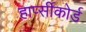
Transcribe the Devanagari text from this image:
हार्प्सीकोर्ड